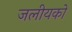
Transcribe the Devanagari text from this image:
जलीयकों